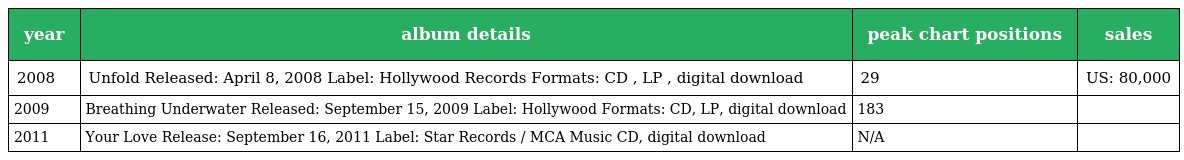
| year | album details | peak chart positions | sales |
 | --- | --- | --- | --- |
 | 2008 | Unfold Released: April 8, 2008 Label: Hollywood Records Formats: CD , LP , digital download | 29 | US: 80,000 |
 | 2009 | Breathing Underwater Released: September 15, 2009 Label: Hollywood Formats: CD, LP, digital download | 183 |  |
 | 2011 | Your Love Release: September 16, 2011 Label: Star Records / MCA Music CD, digital download | N/A |  |